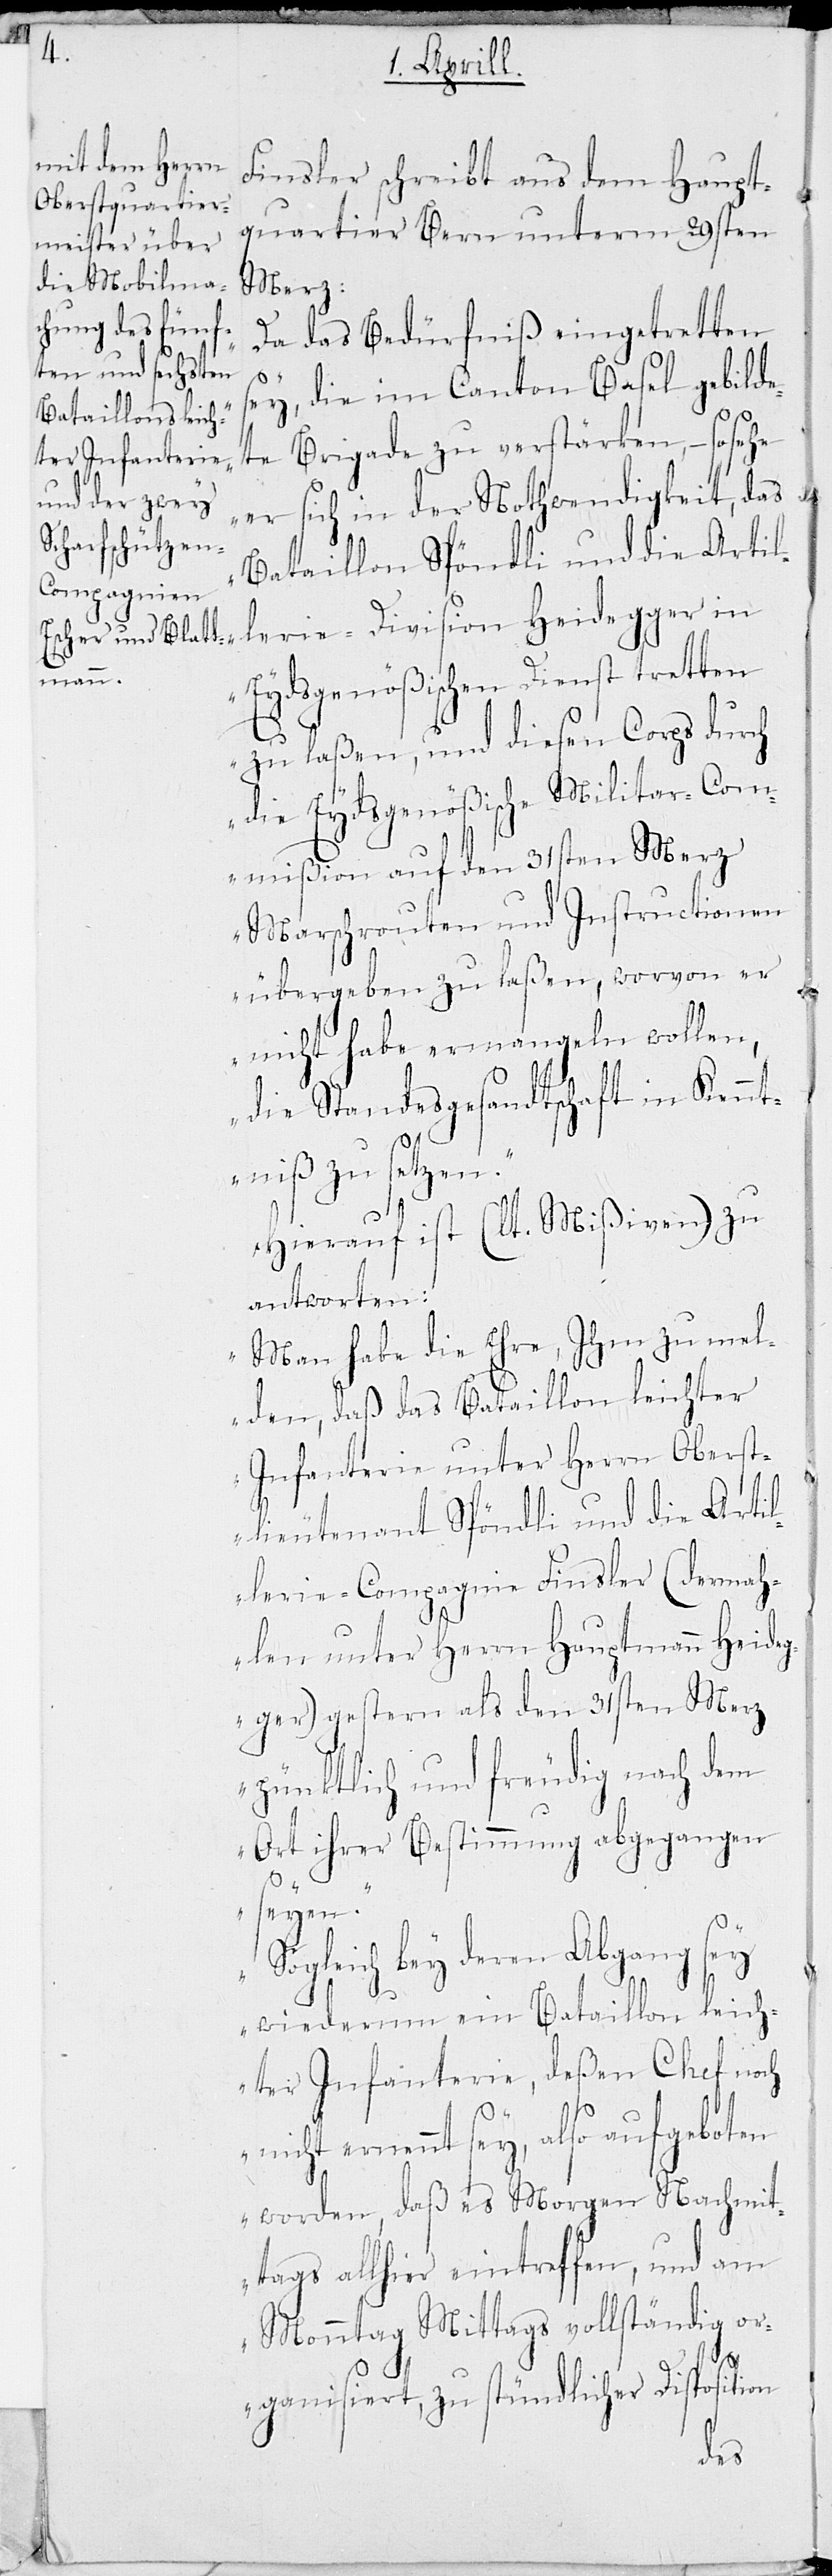
Finsler schreibt aus dem Haupt¬
quartier Bern unterm 29sten
Merz:
„Da das Bedürfniß eingetretten
sey, die im Canton Basel gebilde¬
te Brigade zu verstärken, – so sehe
er sich in der Nothwendigkeit, das
Bataillon Spöndli und die Artil¬
lerie-Division
Eydsgenößischen Dienst tretten
zu laßen, und diesen Corps durch
die Eydsgenößische Militar-Com¬
mißion auf den 31sten Merz
Marschrouten und Instructionen
übergeben zu laßen, wovon er
nicht habe ermangeln wollen,
die Standesgesandtschaft in Kennt¬
niß zu setzen.“
Hierauf ist (lt. Mißiven) zu
antworten:
„Man habe die Ehre, Ihm zu mel¬
den, daß das Bataillon leichter
Infanterie unter Herrn Oberst¬
lieutenant Spöndli und die Artil¬
lerie-Compagnie Finsler (dermah¬
len unter Herrn Hauptmann Heideg¬
ger) gestern als den 31sten Merz
pünktlich und freudig nach dem
Ort ihrer Bestimmung abgegangen
seyen.
Sogleich bey deren Abgang sey
wiederum ein Bataillon leich¬
ter Infanterie, deßen Chef noch
nicht ernannt sey, also aufgeboten
worden, daß es Morgen Nachmit¬
tags allhier eintreffen, und am
Monntag Mittags vollständig or¬
ganisiert, zu stündlicher Disposition